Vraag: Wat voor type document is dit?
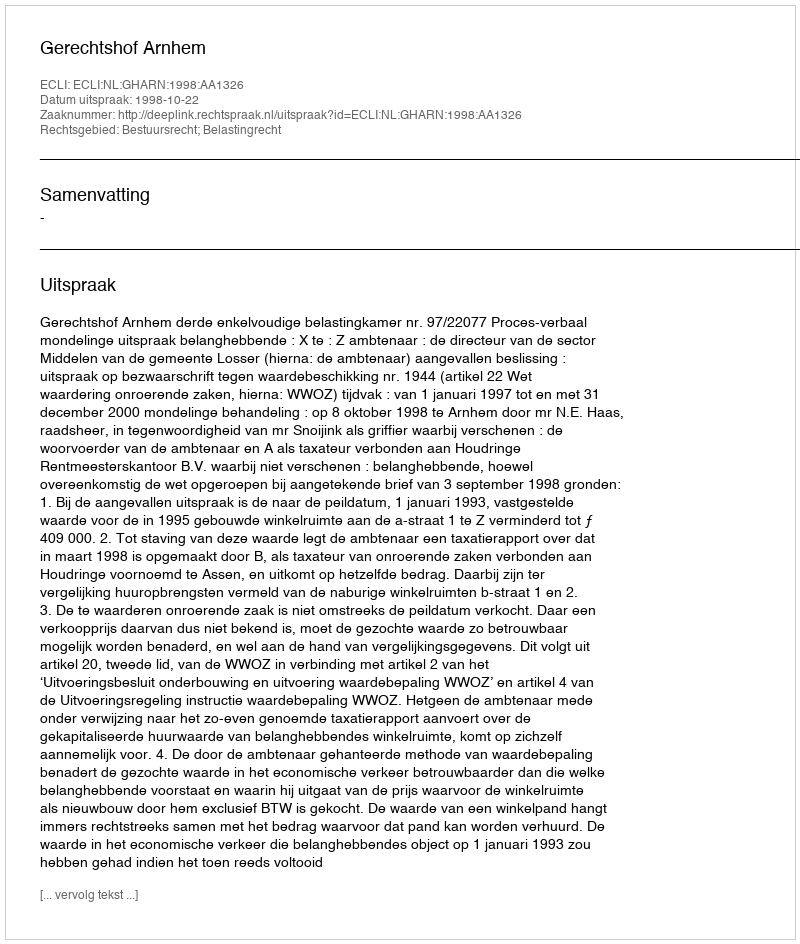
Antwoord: Uitspraak